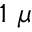
1 ~ \mu